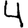
Digit: 4